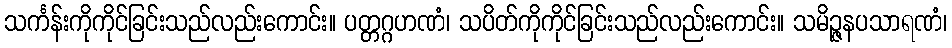
သင်္ကန်းကိုကိုင်ခြင်းသည်လည်းကောင်း။ ပတ္တဂ္ဂဟဏံ၊ သပိတ်ကိုကိုင်ခြင်းသည်လည်းကောင်း။ သမိဉ္ဇနပသာရဏံ၊